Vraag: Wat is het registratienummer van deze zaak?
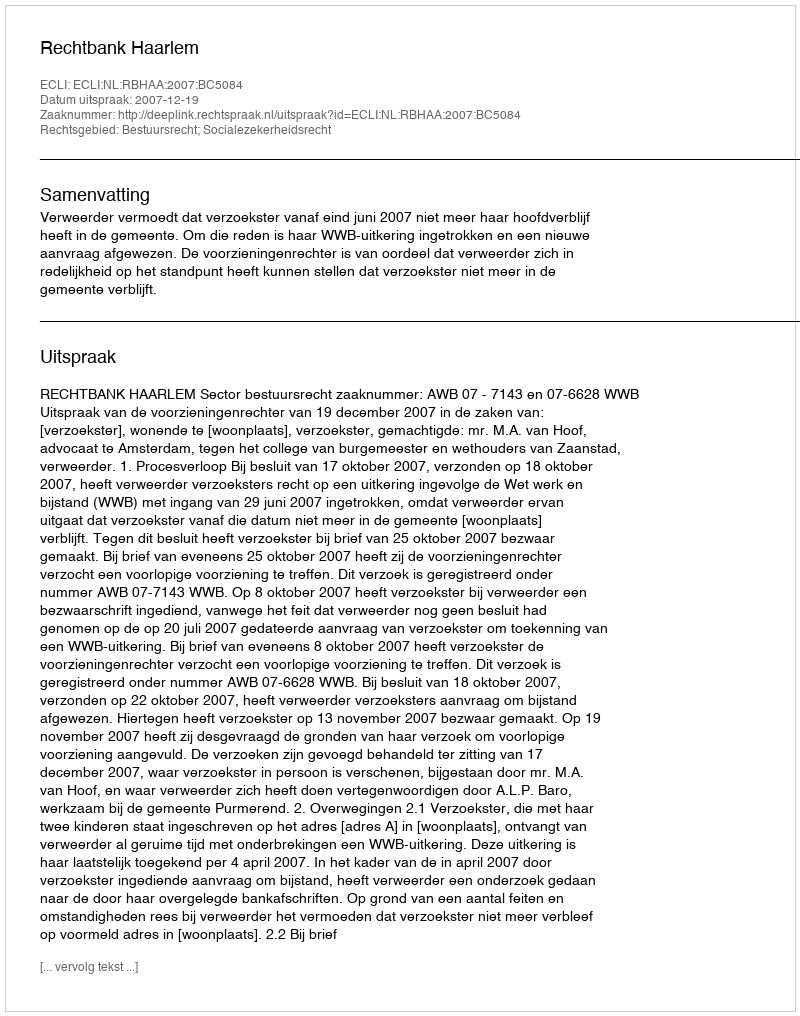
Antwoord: http://deeplink.rechtspraak.nl/uitspraak?id=ECLI:NL:RBHAA:2007:BC5084